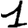
Digit: 1